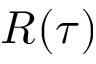
R ( \tau )